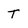
Character: T